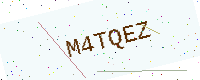
Text: M4TQEZ